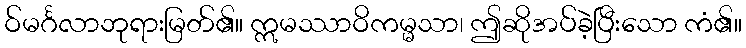
ဝ်မင်္ဂလာဘုရားမြတ်၏။ ဣမဿာဝိကမ္မသာ၊ ဤဆိုအပ်ခဲ့ပြီးသော ကံ၏။